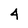
Character: 4